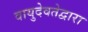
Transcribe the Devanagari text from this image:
वायुदेवतेद्वारा